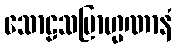
သောဠသဗြာဟ္မဏာနံ